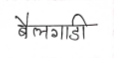
मजकूर: बैलगाडी